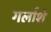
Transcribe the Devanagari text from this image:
गर्लाशे